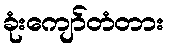
ခုံးကျော်တံတား